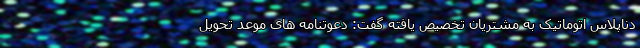
دناپلاس اتوماتیک به مشتریان تخصیص یافته گفت: دعوتنامه های موعد تحویل